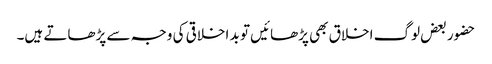
حضور بعض لوگ اخلاق بھی پڑھائیں تو بد اخلاقی کی وجہ سے پڑھاتے ہیں۔